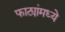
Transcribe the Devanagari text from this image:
फाट्यांमध्ये